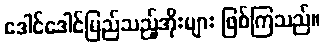
ဒေါင်ဒေါင်မြည်သည့်အိုးများ ဖြစ်ကြသည်။